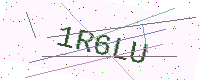
Text: 1R6LU